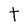
Character: t